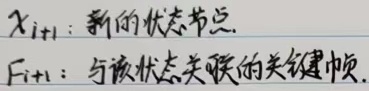
\(x_{i + 1}\)：新的状态节点。\(F_{i + 1}\)：与该状态关联的关键帧。